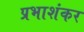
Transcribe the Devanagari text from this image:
प्रभाशंकर